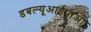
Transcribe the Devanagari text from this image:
डबल्यूआईपीओ